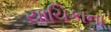
યાચિકાના